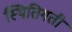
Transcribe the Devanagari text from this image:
स्थितिगती